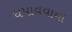
ધપાવવાના